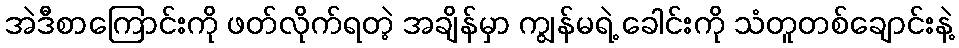
အဲဒီစာကြောင်းကို ဖတ်လိုက်ရတဲ့ အချိန်မှာ ကျွန်မရဲ့ ခေါင်းကို သံတူတစ်ချောင်းနဲ့